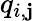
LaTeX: q_{i,\mathbf{j}}